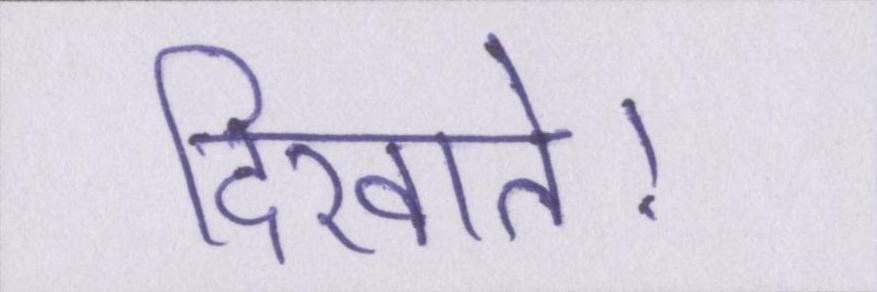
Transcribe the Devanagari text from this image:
दिखाते।